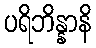
ပရိဘိန္နာနိ